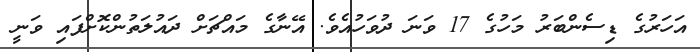
އަހަރުގެ ޑިސެންބަރު މަހުގެ 17 ވަނަ ދުވަހުއެވެ. އޭނާގެ މައްޗަށް ދައުލަތުންކޮށްފައި ވަނީ